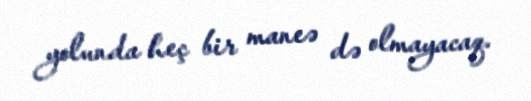
yolunda heç bir maneə də olmayacaq.